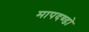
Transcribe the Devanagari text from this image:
मापदण्डो